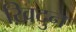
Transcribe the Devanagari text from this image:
ख़िदुन